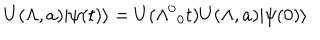
U ( \Lambda , a ) \vert \psi ( t ) \rangle = U ( \Lambda ^ { 0 } { } _ { 0 } t ) U ( \Lambda , a ) \vert \psi ( 0 ) \rangle